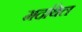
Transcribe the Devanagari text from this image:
मदथिल